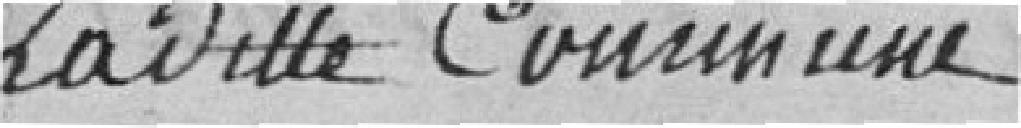
ladite commune.